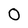
Character: 0